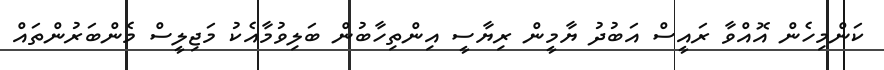
ކަންމިހެން އޮއްވާ ރައީސް އަބުދު ޔާމީން ރިޔާސީ އިންތިހާބުން ބަލިވުމާއެކު މަޖިލީސް މެންބަރުންތައް